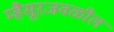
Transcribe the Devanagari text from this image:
म्हैसूरजवळील